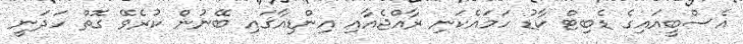
އެސްބީއައިގެ ޑެބިޓް ކާޑު ހަމައެކަނި ރާއްޖެއާއި އިންޑިއާގައި ބޭނުން ކުރެވޭ ގޮތް ހަދަނީ